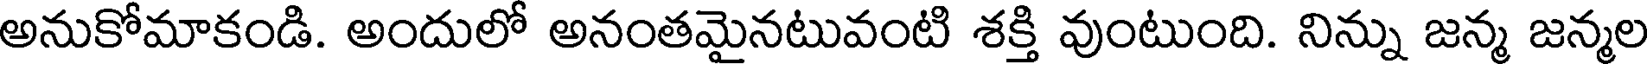
అనుకోమాకండి. అందులో అనంతమైనటువంటి శక్తి వుంటుంది. నిన్ను జన్మ జన్మల